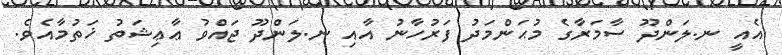
އެއީ ނ.ލަންދޫ ސާމަރާގެ މުޙަންމަދު ފަރުހާނު އާއި ނ.ލަންދޫ ޖައްވު ޢާޢިޝަތު ޚަތުމާއެވެ.